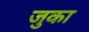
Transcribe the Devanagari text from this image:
जुका